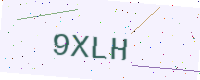
Text: 9XLH